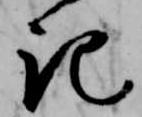
記